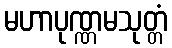
မဟာပုဏ္ဏမသုတ္တံ